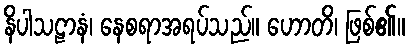
နိပါသဠာနံ၊ နေစရာအရပ်သည်။ ဟောတိ၊ ဖြစ်၏။